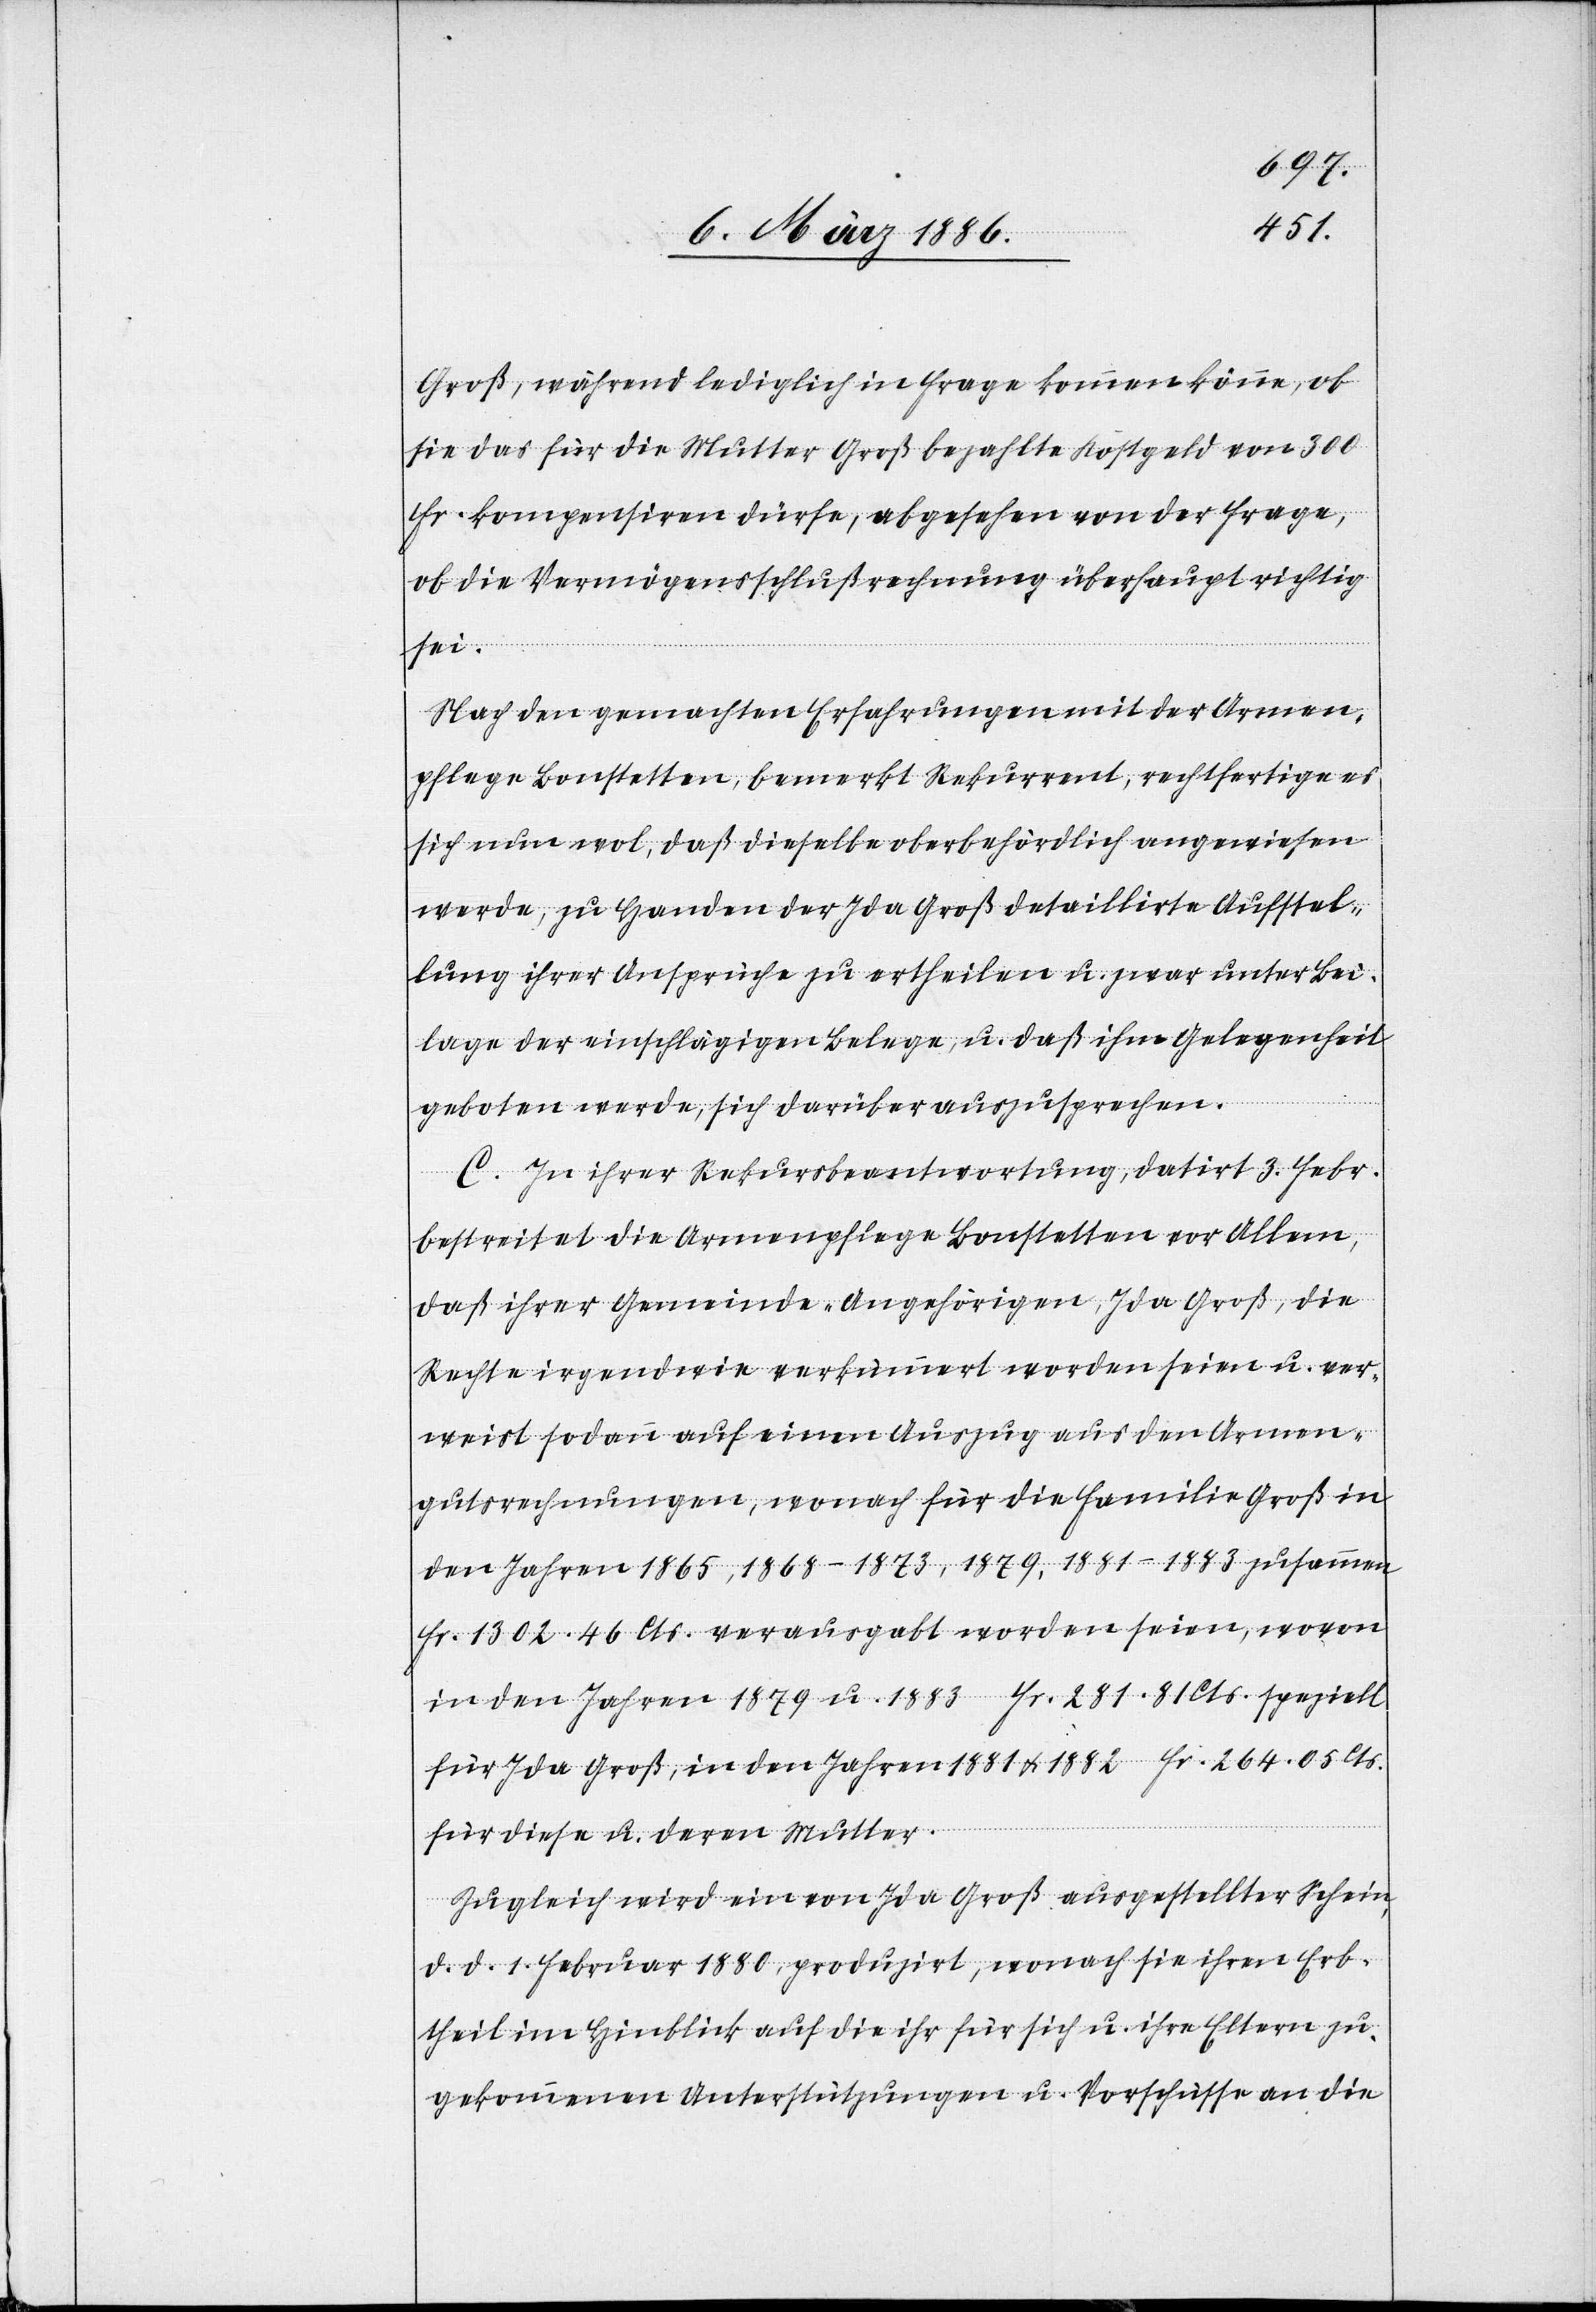
Groß, während lediglich in Frage kommen könne, ob
sie das für die Mutter Groß bezahlte Kostgeld von 300
Fr. kompensiren dürfe, abgesehen von der Frage,
ob die Vermögensschlußrechnung überhaupt richtig
sei.
Nach den gemachten Erfahrungen mit der Armen¬
pflege Bonstetten, bemerkt Rekurrent, rechtfertige es
sich nun wol, daß dieselbe oberbehördlich angewiesen
werden, zu Handen der Ida Groß detaillirte Aufstel¬
lung ihrer Ansprüche zu ertheilen u. zwar unter Bei¬
lage der einschlägigen Belege, u. daß ihm Gelegenheit
geboten werde, sich darüber auszusprechen.
C. In ihrer Rekursbeantwortung, datirt. 3. Febr.
bestreitet die Armenpflege Bonstetten vor Allem,
daß ihrer Gemeinde-Angehörigen, Ida Groß, die
Rechte irgendwie verkümmert worden seien u. ver¬
weist sodann auf einen Auszug aus dem Armen¬
gutsrechnungen, wonach für die Familie Groß in
den Jahren 1865, 1868–1873, 1879, 1881–1883 zusammen
Fr. 1302.46 Cts. verausgabt worden seien, wovon
in den Jahren 1879 u. 1883 Fr. 281.81 Cts. speziell
für Ida Groß, in den Jahren 1881 & 1882 Fr. 264.05 Cts.
für diese u. deren Mutter.
Zugleich wird ein von Ida Groß ausgestellter Schein,
d. d. 1. Februar 1880, produzirt, wonach sie ihren Erb¬
theil im Hinblick auf die ihr für sich u. ihre Eltern zu¬
gekommenen Unterstützungen u. Vorschriften an die